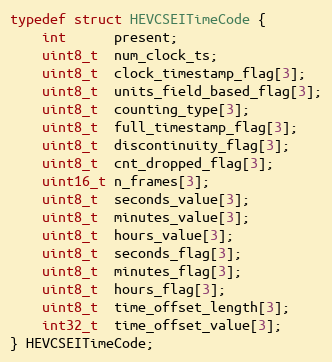
Language: C
typedef struct HEVCSEITimeCode {
    int      present;
    uint8_t  num_clock_ts;
    uint8_t  clock_timestamp_flag[3];
    uint8_t  units_field_based_flag[3];
    uint8_t  counting_type[3];
    uint8_t  full_timestamp_flag[3];
    uint8_t  discontinuity_flag[3];
    uint8_t  cnt_dropped_flag[3];
    uint16_t n_frames[3];
    uint8_t  seconds_value[3];
    uint8_t  minutes_value[3];
    uint8_t  hours_value[3];
    uint8_t  seconds_flag[3];
    uint8_t  minutes_flag[3];
    uint8_t  hours_flag[3];
    uint8_t  time_offset_length[3];
    int32_t  time_offset_value[3];
} HEVCSEITimeCode;